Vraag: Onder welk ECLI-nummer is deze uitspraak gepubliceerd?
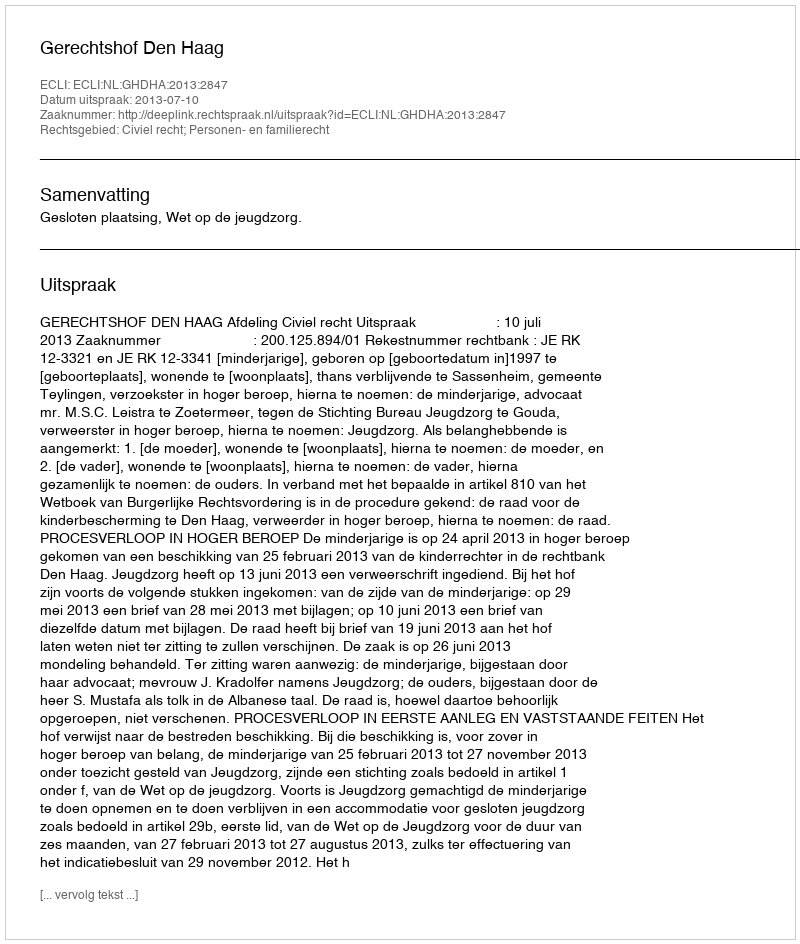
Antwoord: ECLI:NL:GHDHA:2013:2847